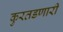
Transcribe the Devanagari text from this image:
कुरतडणारी